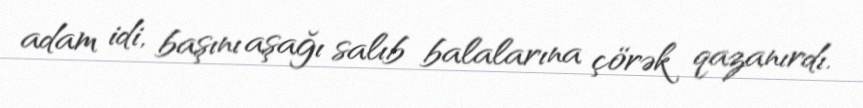
adam idi, başını aşağı salıb balalarına çörək qazanırdı.